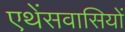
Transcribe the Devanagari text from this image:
एथेंसवासियों